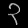
Digit: ၃